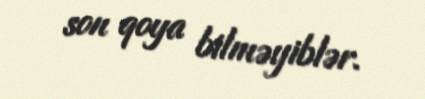
son qoya bilməyiblər.